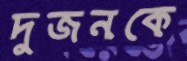
দুজনকে